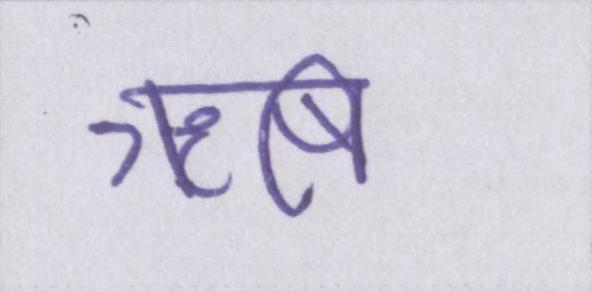
ॠषि